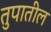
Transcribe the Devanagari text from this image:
तुपातील